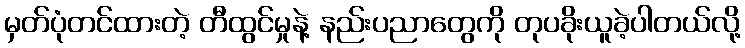
မှတ်ပုံတင်ထားတဲ့ တီထွင်မှုနဲ့ နည်းပညာတွေကို တုပခိုးယူခဲ့ပါတယ်လို့